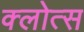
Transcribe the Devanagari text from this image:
क्लोत्स